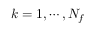
k = 1 , \cdots , N _ { f }